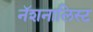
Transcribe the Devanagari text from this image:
नॅशनालिस्ट